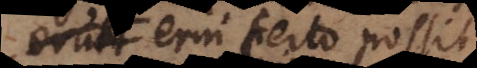
suis erui certo possit.